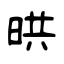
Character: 晎